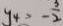
y _ { 4 } = - \frac { 3 } { 2 }